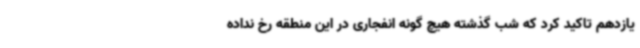
یازدهم تاکید کرد که شب گذشته هیچ گونه انفجاری در این منطقه رخ نداده